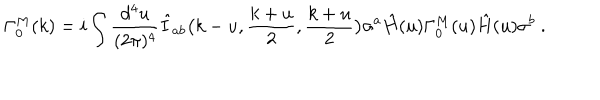
\Gamma _ { 0 } ^ { M } ( k ) = i \int { \frac { d ^ { 4 } u } { ( 2 \pi ) ^ { 4 } } } \hat { I } _ { a b } \big ( k - u , { \frac { k + u } { 2 } } , { \frac { k + u } { 2 } } \big ) \sigma ^ { a } \hat { H } ( u ) \Gamma _ { 0 } ^ { M } ( u ) \hat { H } ( u ) \sigma ^ { b } \ .